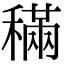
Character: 𥡹